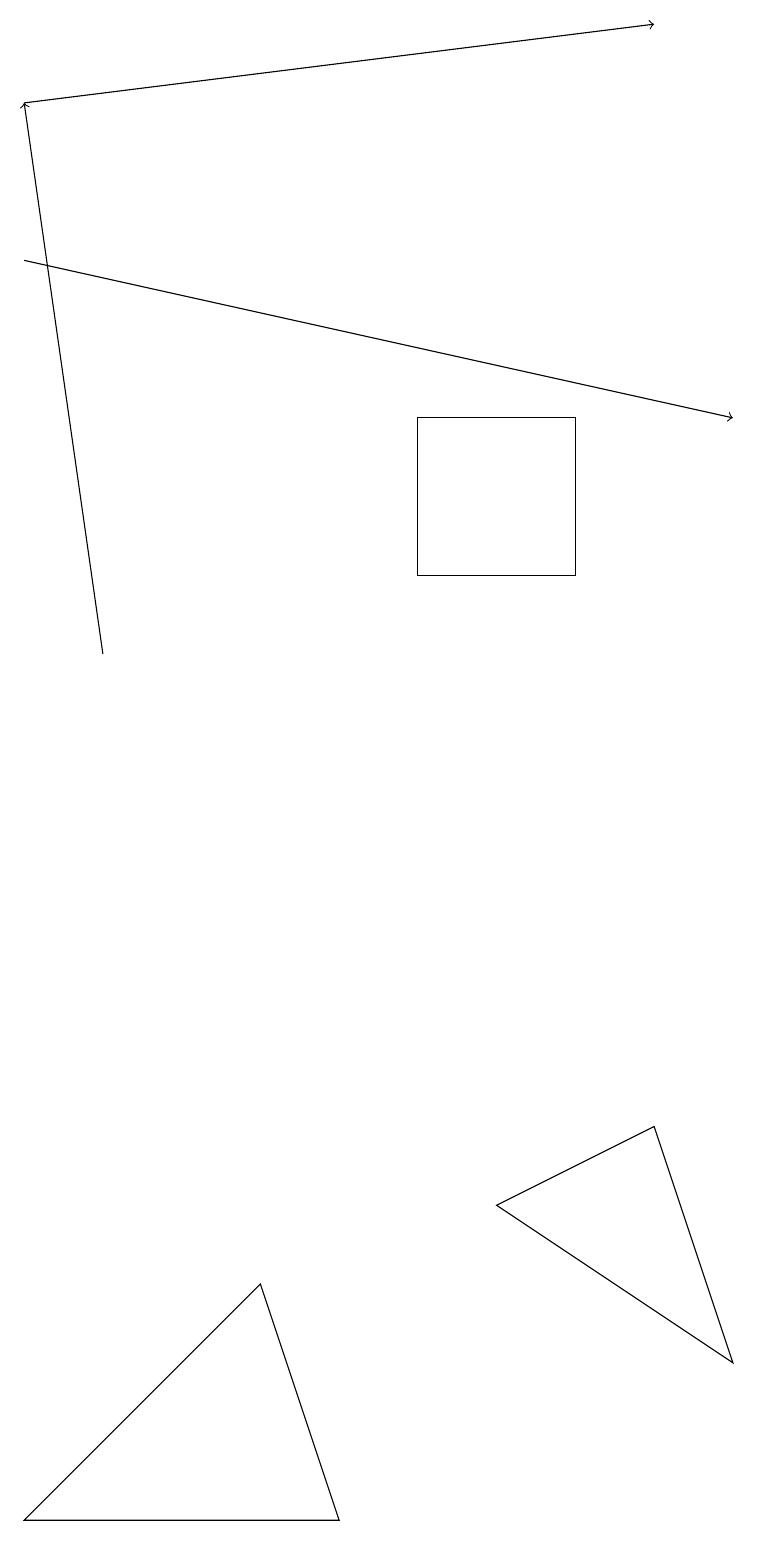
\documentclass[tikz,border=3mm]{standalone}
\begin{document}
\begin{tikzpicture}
\draw[->] (0,18) -- (8,19);
\draw[->] (1,11) -- (0,18);
\draw (6,4) -- (8,5) -- (9,2) -- cycle;
\draw (5,12) rectangle (7,14);
\draw (0,0) -- (4,0) -- (3,3) -- cycle;
\draw[->] (0,16) -- (9,14);
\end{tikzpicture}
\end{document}